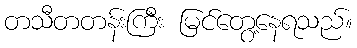
တသီတတန်းကြီး မြင်တွေ့နေရသည်။